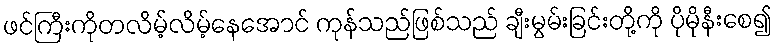
ဖင်ကြီးကိုတလိမ့်လိမ့်နေအောင် ကုန်သည်ဖြစ်သည် ချီးမွမ်းခြင်းတို့ကို ပိုမိုနီးစေ၍